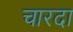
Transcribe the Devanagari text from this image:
चारदा